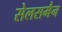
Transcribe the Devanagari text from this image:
सेलसमैन